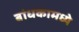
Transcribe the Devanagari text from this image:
बांधकामध्ये